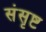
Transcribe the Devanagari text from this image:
संसृष्ट